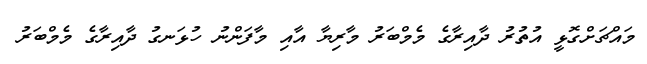
މައްޗަށްގޮޅީ އުތުރު ދާއިރާގެ މެމްބަރު މާރިޔާ އާއި މާފަންނު ހުޅަނގު ދާއިރާގެ މެމްބަރު